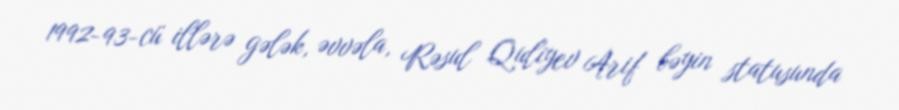
1992-93-cü illərə gələk, əvvəla, Rəsul Quliyev Arif bəyin statusunda